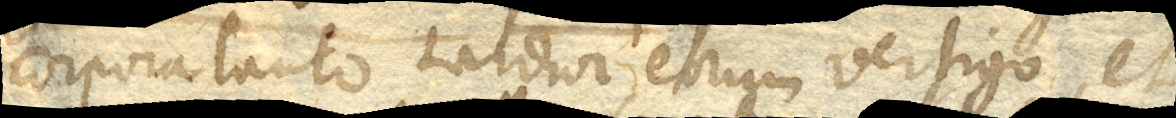
corpora tanto tardior eorum vertigo, et